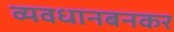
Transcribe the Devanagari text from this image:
व्यवधानबनकर